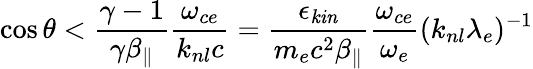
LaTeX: \cos\theta<\frac{\gamma-1}{\gamma\beta_{\| }}\frac{\omega_{ce}}{k_{nl}c}=\frac{\epsilon_{\mathit{kin}}}{m_{e}c^{2}\beta_{\| }}\frac{\omega_{ce}}{\omega_{e}}(k_{nl}\lambda_{e})^{-1}